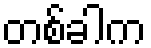
တစ်ခါက